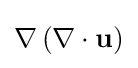
{\textstyle \nabla \left(\nabla \cdot \mathbf {u} \right)}